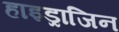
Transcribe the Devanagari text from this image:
हाइड्राजिन